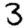
Digit: 3